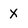
Character: x